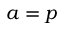
a = p